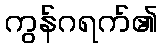
ကွန်ဂရက်၏